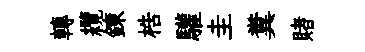
轉纜錬梏驩圭糞賭